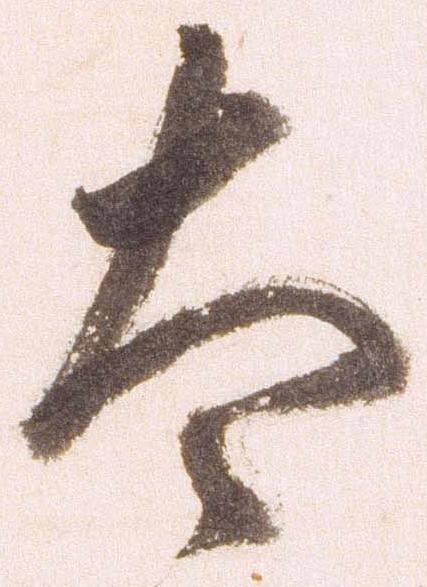
太